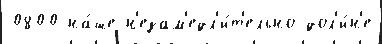
0800 на́ше н'езам'едл'и́т'ельно дол'и́н'е